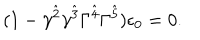
( 1 - \gamma ^ { \hat { 2 } } \gamma ^ { \hat { 3 } } \Gamma ^ { \hat { 4 } } \Gamma ^ { \hat { 5 } } ) \epsilon _ { 0 } = 0 .